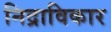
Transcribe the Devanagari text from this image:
निद्राविकार